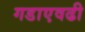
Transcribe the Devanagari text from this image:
गडाएवढी